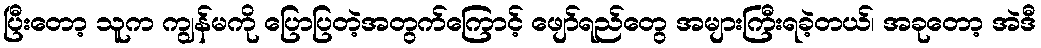
ပြီးတော့ သူက ကျွန်မကို ပြောပြတဲ့အတွက်ကြောင့် ဖျော်ရည်တွေ အများကြီးရခဲ့တယ်၊ အခုတော့ အဲဒီ